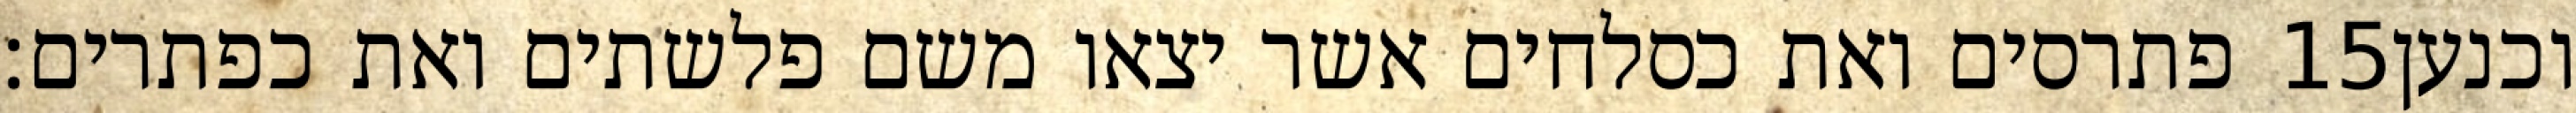
פתרסים ואת כסלחים אשר יצאו משם פלשתים ואת כפתרים׃ ‎15‏ וכנען